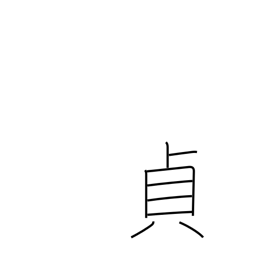
Meaning: upright